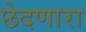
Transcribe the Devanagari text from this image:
छेदणारा